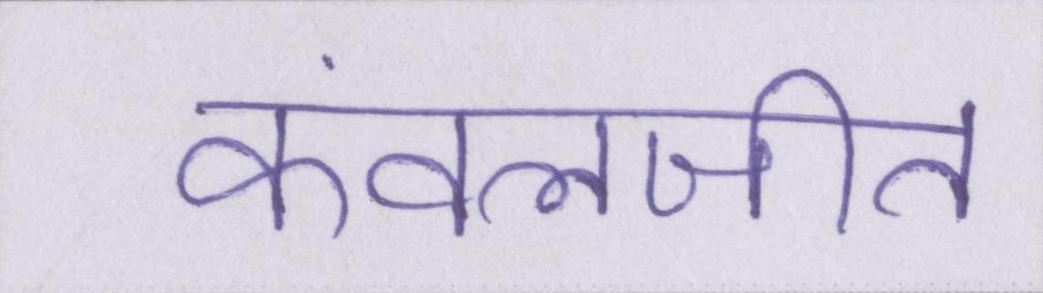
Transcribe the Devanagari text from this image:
कंवलजीत